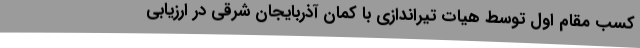
کسب مقام اول توسط هیات تیراندازی با کمان آذربایجان شرقی در ارزیابی